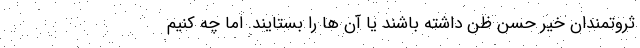
ثروتمندان خیّر حسن ظن داشته باشند یا آن ها را بستایند. اما چه کنیم